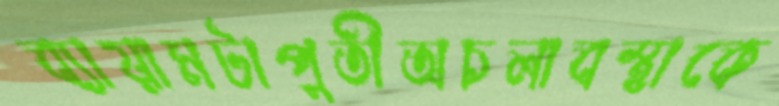
ব্যায়ামটাপুতীঅচলাবস্থাকে